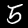
Digit: 5